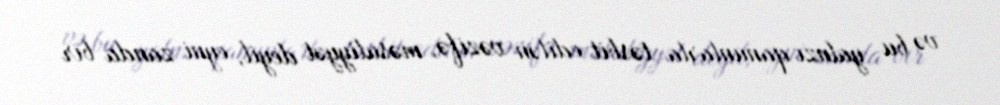
və bu yalnzı qanunlarla təsbit edilən vəzifə, məsuliyyət deyil, eyni zanda bir